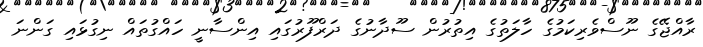
ރާއްޖޭގެ ނޫސްވެރިކަމުގެ ހާލަތުގެ އިތުރުން ސޫދާނުގެ ދަރްފޫރުގައި އިންސާނީ ހައްގުތައް ނިގުޅައި ގަންނަ